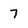
Character: 7